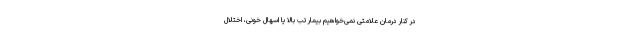
در کنار درمان علامتی نمی‌خواهیم بیمار تب بالا یا اسهال خونی،‌ اختلال